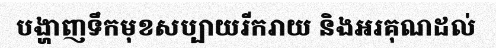
បង្ហាញទឹកមុខសប្បាយរីករាយ និងអរគុណដល់